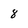
Character: 8